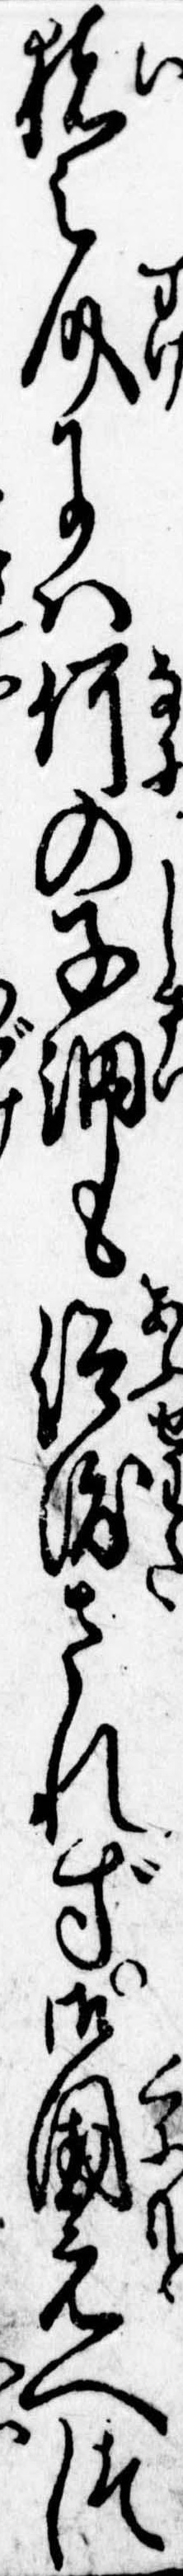
猪之介には何の子細も仰渡されず御国元へつ